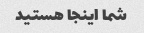
شما اینجا هستید